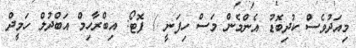
މިއަދުވެސް ކުދިބޮޑު އެންމެން މަސް ހިފަނީ / ފޮޓޯ: އިބްރާހިމް އަބްދުލް ހަމީދް